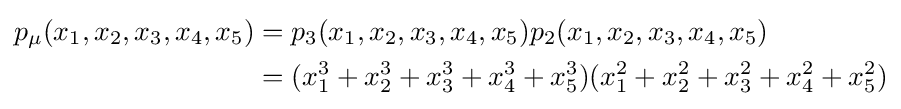
{\begin{aligned}p_{\mu }(x_{1},x_{2},x_{3},x_{4},x_{5})&=p_{3}(x_{1},x_{2},x_{3},x_{4},x_{5})p_{2}(x_{1},x_{2},x_{3},x_{4},x_{5})\\&=(x_{1}^{3}+x_{2}^{3}+x_{3}^{3}+x_{4}^{3}+x_{5}^{3})(x_{1}^{2}+x_{2}^{2}+x_{3}^{2}+x_{4}^{2}+x_{5}^{2})\end{aligned}}